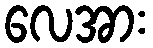
လေအား